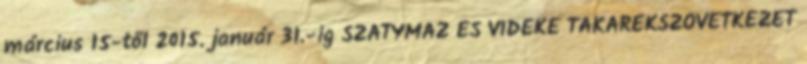
március 15-től 2015. január 31.-ig SZATYMAZ ÉS VIDÉKE TAKARÉKSZÖVETKEZET